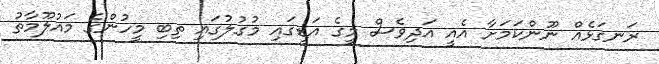
ރަނގަޅެއް ނޫންކަމަށާ އެއީ އަދިވެސް މީގެ އަޑީގައި މުގުލުގައި ތިބި މީހުންގެ މައުލޫމާތު